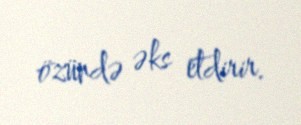
özündə əks etdirir.